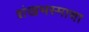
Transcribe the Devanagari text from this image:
शंखभस्माचा